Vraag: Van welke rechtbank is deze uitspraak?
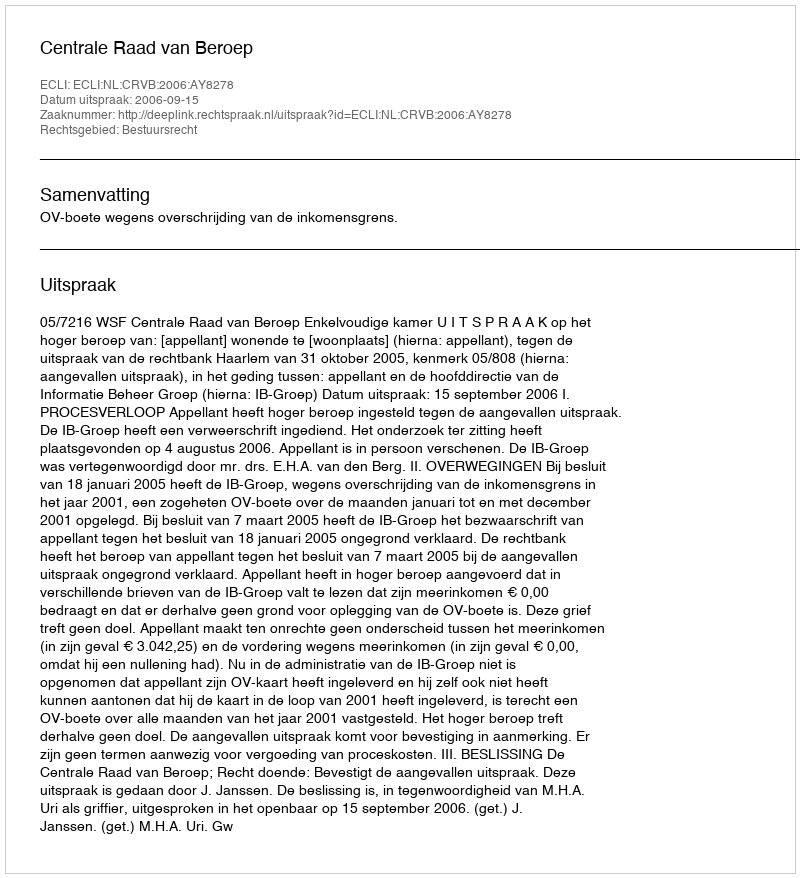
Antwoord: Centrale Raad van Beroep